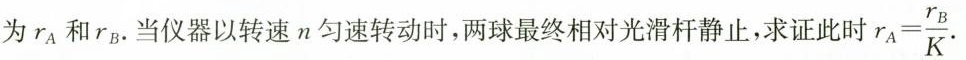
为r_{A}和r_{B}。当仪器以转速n匀速转动时，两球最终相对光滑杆静止，求证此时 $$r _ { A } = \frac { r _ { B } } { K }$$ .